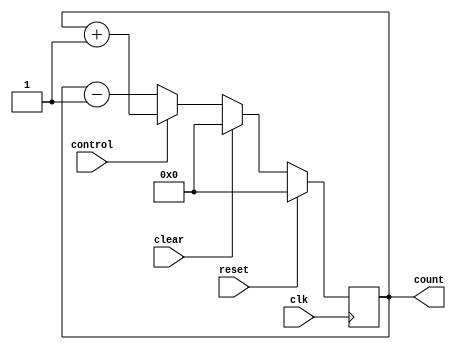
module Counter (
    input clk,
    input reset,
    input clear,
    input control,
    output reg [7:0] count
);

always @(posedge clk) begin
    if (reset) begin
        count <= 8'h00; // Reset counter to 0
    end else if (clear) begin
        count <= 8'h00; // Clear counter to 0
    end else begin
        if (control) begin
            count <= count + 1; // Increment counter
        end else begin
            count <= count - 1; // Decrement counter
        end
    end
end

endmodule